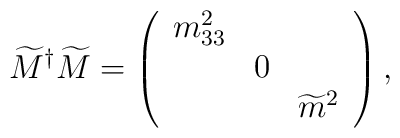
\widetilde{M}^{\dagger}\widetilde{M}=\left(\begin{array}{rcl}m_{33}^{2}& & \\          &0& \\          & &\widetilde{m}^{2}\end{array}\right),